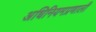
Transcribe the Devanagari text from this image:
अधिनियमप्रणाली